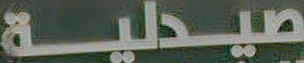
صيدلية